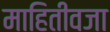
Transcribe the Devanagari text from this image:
माहितीवजा